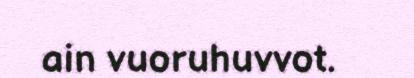
ain vuoruhuvvot.